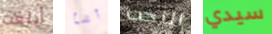
أبلغت أشأ النخب سيدي